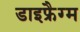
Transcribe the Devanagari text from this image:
डाइफ्रैग्म